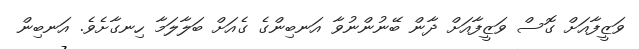
ވަޒީފާއަށް ގޮސް ވަޒީފާއަށް ދާން ބޭނުންނުވާ އަނބިންގެ ގެެއަށް ބަލާލަމާ ހިނގާށެވެ. އަނބިން